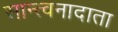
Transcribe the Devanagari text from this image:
सान्त्वनादाता